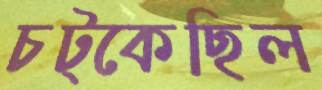
চট্‌কেছিল